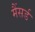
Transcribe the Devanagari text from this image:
मैंसर्ड